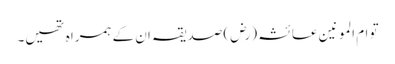
تو ام المو نین عا ئشہ (رض) صدیقہ ان کے ہمرا ہ تھیں۔